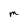
Character: M